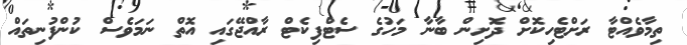
ތިމާވެއްޓާ ރަށްޓެހިކޮށް ދޮށިން ބާނާ މަހުގެ ސެޓްފިކެޓް ރާއްޖޭގައި އޮތް ނަމަވެސް ކުންފުނިތައް